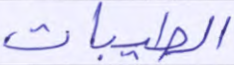
الطيبات